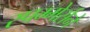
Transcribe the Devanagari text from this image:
स्पम्मेर्सने